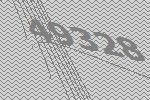
49328